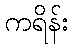
ကရိန်း